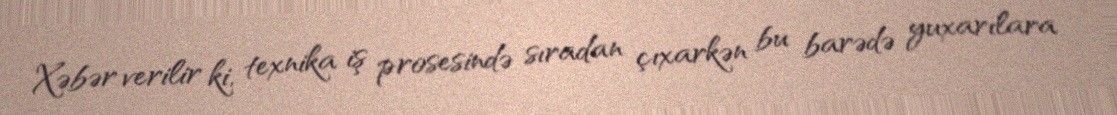
Xəbər verilir ki, texnika iş prosesində sıradan çıxarkən bu barədə yuxarılara